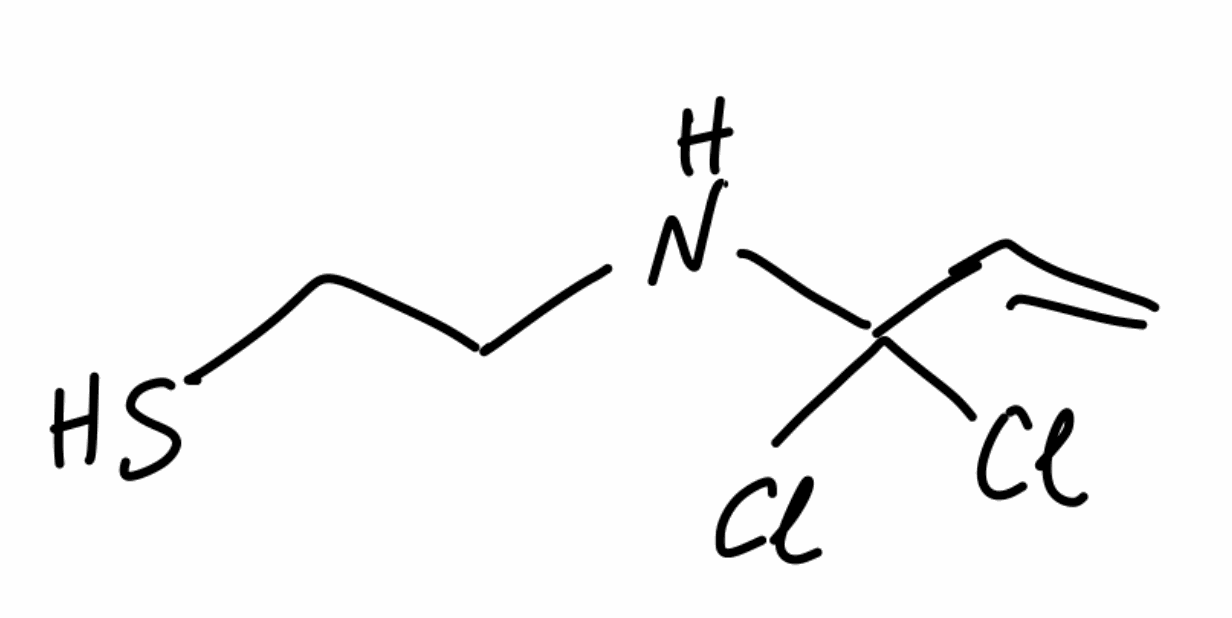
Simplified molecular-input line-entry system (SMILES) notation of the given molecule:
C=CC(NCCS)(Cl)Cl